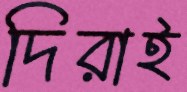
দিরাই